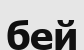
бей